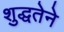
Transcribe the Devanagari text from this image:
शुद्धतेने